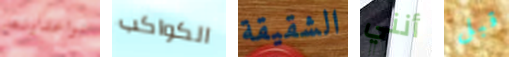
تواعدينه الكواكب الشقيقة أنني قبل